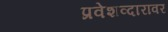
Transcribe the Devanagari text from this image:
प्रवेशव्दारावर